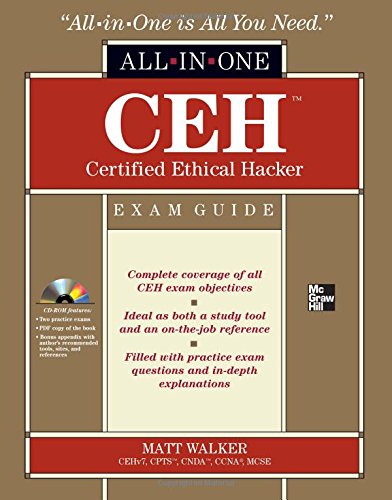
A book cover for CEH Certified Ethical Hacker: Exam Guide (All-in-One); Matt Walker; Computers & Technology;